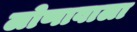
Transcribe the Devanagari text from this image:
लोणावाला